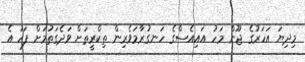
މިދިޔަ އަހަރުގެ ޖޫން މަހު އައިއެސްގެ ހަނގުރާމަވެރިން ތިކްރީތަށް ވަދެގަތުމަށް ފަހު އެ